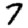
Digit: 7